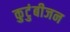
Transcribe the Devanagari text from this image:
कुटुंबीजन